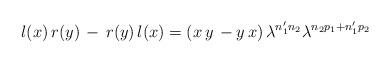
LaTeX: \begin{align*}l(x) \, r(y) \, - \, r(y) \, l(x) = (x \, y \, - y \, x) \,\lambda^{n'_1 n_2} \lambda^{n_2 p_1 + n'_1 p_2}\end{align*}